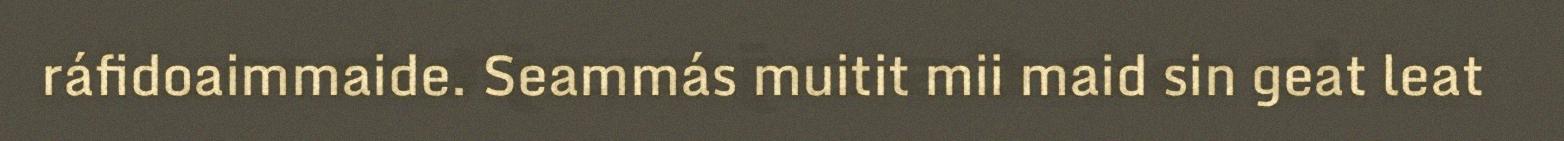
ráfidoaimmaide. Seammás muitit mii maid sin geat leat